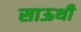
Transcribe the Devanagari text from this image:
साऊथी